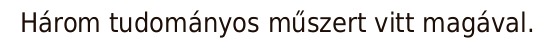
Három tudományos műszert vitt magával.